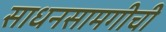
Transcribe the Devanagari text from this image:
साधनसामगीची